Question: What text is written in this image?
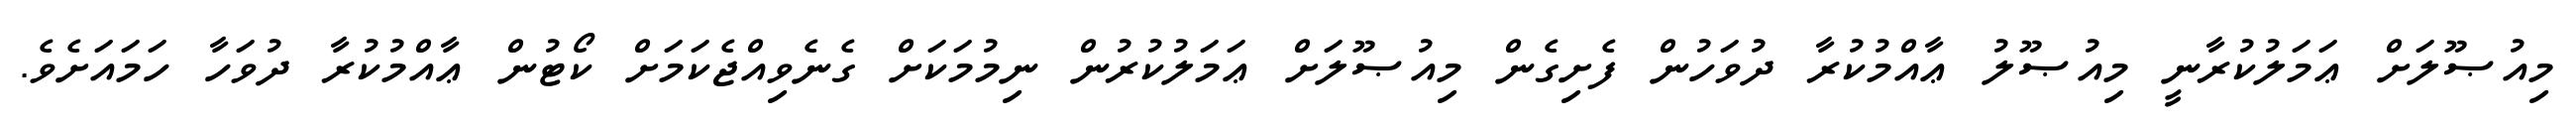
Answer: މިއުޞޫލަށް ޢަމަލުކުރާނީ މިއުޞޫލު ޢާއްމުކުރާ ދުވަހުން ފެށިގެން މިއުޞޫލަށް ޢަމަލުކުރުން ނިމުމަކަށް ގެނެވިއްޖެކަމަށް ކޯޓުން ޢާއްމުކުރާ ދުވަހާ ހަމައަށެވެ.